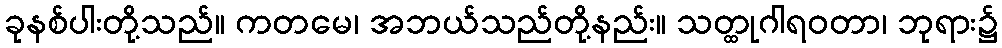
ခုနစ်ပါးတို့သည်။ ကတမေ၊ အဘယ်သည်တို့နည်း။ သတ္ထုဂါရဝတာ၊ ဘုရား၌